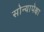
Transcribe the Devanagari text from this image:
सोन्यापेक्षा